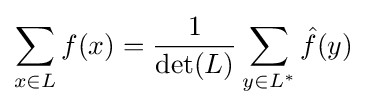
\sum _{x\in L}f(x)={\frac {1}{\det(L)}}\sum _{y\in L^{*}}{\hat {f}}(y)